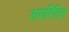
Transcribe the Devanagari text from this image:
अपरिदित